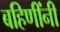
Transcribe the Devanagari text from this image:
बहिणींनी